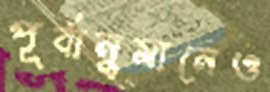
পূর্বানুমানেও